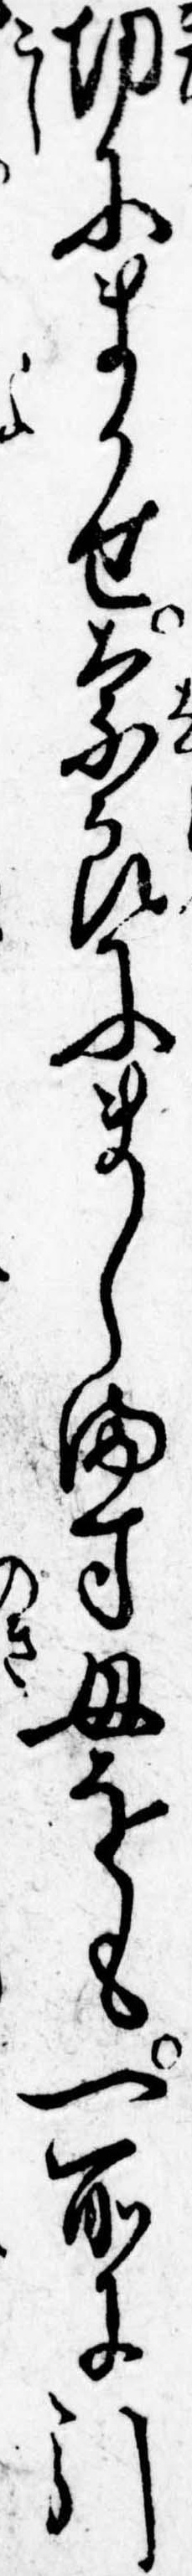
切にまかせ奈良にまします母をも一所に引